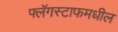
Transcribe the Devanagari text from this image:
फ्लॅगस्टाफमधील